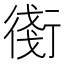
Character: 𧗸